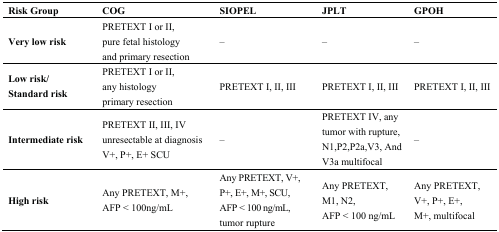
<table><thead><tr><td><b>Risk Group</b></td><td><b>COG</b></td><td><b>SIOPEL</b></td><td><b>JPLT</b></td><td><b>GPOH</b></td></tr></thead><tbody><tr><td><b>Very low risk</b></td><td>PRETEXT I or II, pure fetal histology and primary resection</td><td>–</td><td>–</td><td>–</td></tr><tr><td><b>Low risk/ Standard risk</b></td><td>PRETEXT I or II, any histology primary resection</td><td>PRETEXT I, II, III</td><td>PRETEXT I, II, III</td><td>PRETEXT I, II, III</td></tr><tr><td><b>Intermediate risk</b></td><td>PRETEXT II, III, IV unresectable at diagnosis V+, P+, E+ SCU</td><td>–</td><td>PRETEXT IV, any tumor with rupture, N1,P2,P2a,V3, And V3a multifocal</td><td>–</td></tr><tr><td><b>High risk</b></td><td>Any PRETEXT, M+, AFP &lt; 100ng/mL</td><td>Any PRETEXT, V+, P+, E+, M+, SCU, AFP &lt; 100 ng/mL, tumor rupture</td><td>Any PRETEXT, M1, N2, AFP &lt; 100 ng/mL</td><td>Any PRETEXT, V+, P+, E+, M+, multifocal</td></tr></tbody></table>